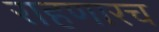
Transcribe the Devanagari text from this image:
राहणारच